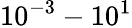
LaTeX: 10^{-3}-10^{1}